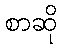
စာဆို